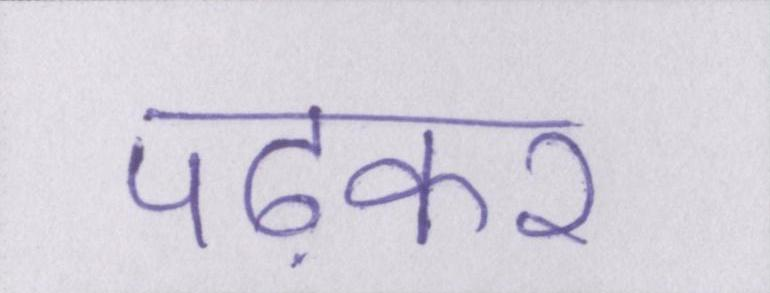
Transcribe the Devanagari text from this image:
पढ़कर